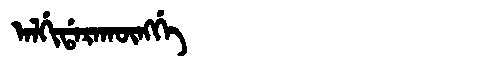
Manchu: ᠠᠯᡤᡳᡩᠠᡵᠠᡴᡡᠩᡤᡝ
Romanization: ALGIDARAKŪNGGE